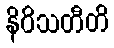
နိဝိသတီတိ